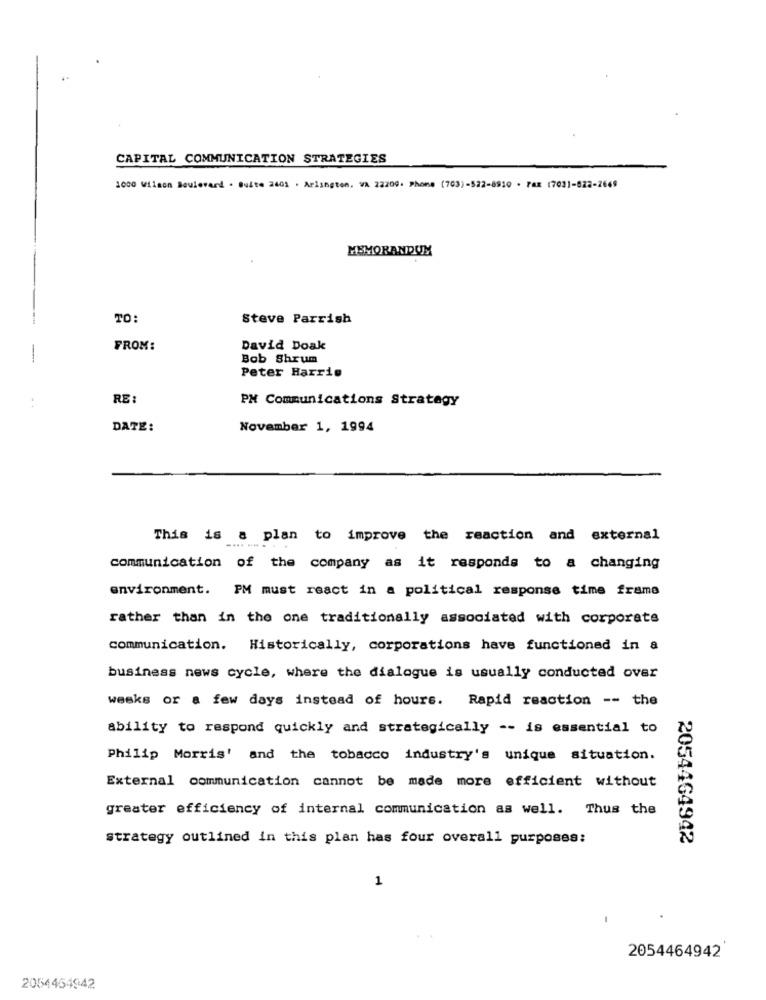
4.
CAPITAL COMMUNICATION STRATEGIES
1000 Wilson Boulevard . Buite 2401 . Arlington. VA 22209. Phone (703)-522-8910 · Fax (7031-822-2649
MEMORANDUM
TO
Steve Parrish
FROM:
David Doak
Bob Shrum
Peter Harris
RE :
PH Communications Strategy
DATE:
November 1, 1994
This is a plan to improve the reaction and external
communication of the company as it responds to a changing
environment. PM must react in a political response time frame
rather than in the one traditionally associated with corporate
communication. Historically, corporations have functioned in a
business news cycle, where the dialogue is usually conducted over
wesks or a few days instead of hours. Rapid reaction -- the
ability to respond quickly and strategically -- is essential to
Philip Morris' and the tobacco industry's unique situation.
External communication cannot be made more efficient without
greater efficiency of internal communication as well. Thus the
strategy outlined in this plan has four overall purposes:
2054464942
1
2054464942
2054454942